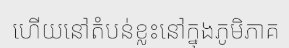
ហើយនៅតំបន់ខ្លះនៅក្នុងភូមិភាគ